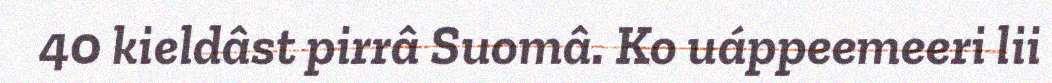
40 kieldâst pirrâ Suomâ. Ko uáppeemeeri lii